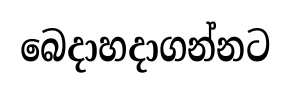
බෙදාහදාගන්නට